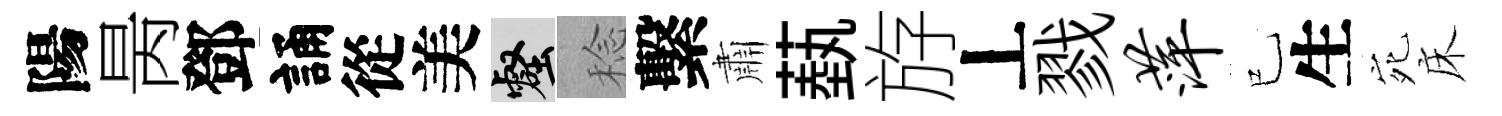
陽昺鄧誦從美壑稔繫肅蓺斿丄戮萍已生宛床